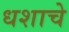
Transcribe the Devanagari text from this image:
धशाचे